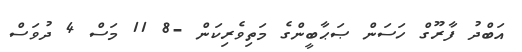
އަބްދު ފާރޫގް ހަސަން ޞަޙާބީންގެ މަތިވެރިކަން -8 11 މަސް 4 ދުވަސް